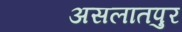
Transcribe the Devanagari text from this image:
असलातपुर